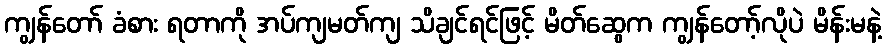
ကျွန်တော် ခံစား ရတာကို အပ်ကျမတ်ကျ သိချင်ရင်ဖြင့် မိတ်ဆွေက ကျွန်တော့်လိုပဲ မိန်းမနဲ့